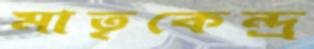
মাতৃকেন্দ্র